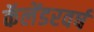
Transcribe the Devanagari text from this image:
कॅलेंडरवर्ष